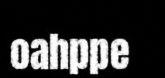
oahppe